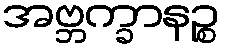
အဗ္ဘက္ခာနဉ္စ